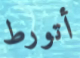
أتورط